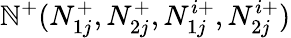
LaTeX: \mathbb{N}^{+}(N_{1j}^{+},N_{2j}^{+},N_{1j}^{i+},N_{2j}^{i+})